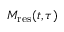
M _ { \mathrm { { r e s } } } ( t , \tau )